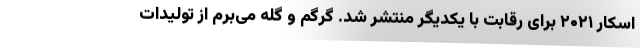
اسکار ۲۰۲۱ برای رقابت با یکدیگر منتشر شد. گرگم و گله می‌برم از تولیدات